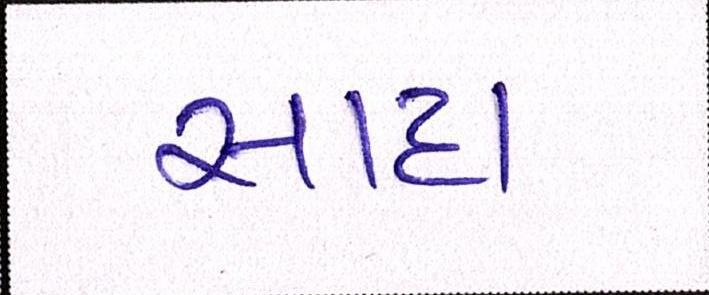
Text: સાદા